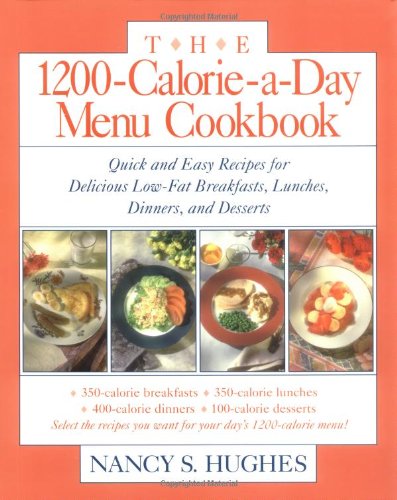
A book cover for The 1200-Calorie-a-Day Menu Cookbook : Quick and Easy Recipes for Delicious Low-fat Breakfasts, Lunches, Dinners, and Desserts; Nancy Hughes; Cookbooks, Food & Wine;